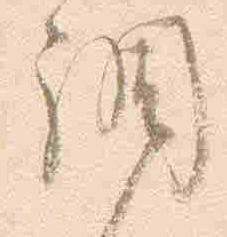
調